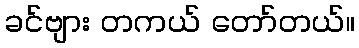
ခင်ဗျား တကယ် တော်တယ်။